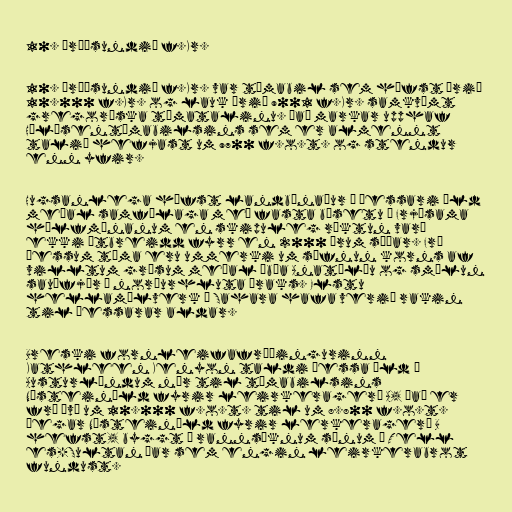
10. árþúsundið f.Kr.

10. árþúsundið f.Kr. var tímabil sem hófst árið
10.000 f.Kr. og lauk árið 9001 f.Kr. samkvæmt
gregoríska tímatalinu. Það markar upphaf
Hólósentímabilsins sem er almennt
talið hefjast um 9700 f.o.t. og stendur
enn yfir.

Hugsanlega hófst landbúnaður á þessari öld
meðal samfélaga með fasta búsetu í Frjósama
hálfmánanum en skipuleg ræktun varð
ekki útbreidd fyrr en 2000 árum síðar. Frá
þessum tíma eru ummerki um söfnun korns af
villtum grösum meðal íbúa Anatólíu og smölun
sauðfjár í norðurhluta Íraks. Elstu
hellamálverk í Sahara hafa verið rakin
til þessarar aldar.

Breski fornleifafræðingurinn
Kathleen Kenyon taldi þessa öld í
Austurlöndum nær til tímabilsins
Nýsteinöld fyrir leirkeragerð A, það er
frá því um 10.000 f.o.t. til um 8.800 f.o.t.
þegar Nýsteinöld fyrir lerkeragerð B
hefst, byggt á rannsóknum sínum í Tell
es-Sultan þar sem engin leirkerabrot
fundust.